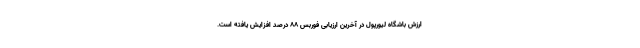
ارزش باشگاه لیورپول در آخرین ارزیابی فوربس 88 درصد افزایش یافته است.